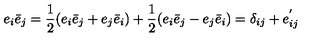
e _ { i } \bar { e } _ { j } = \frac { 1 } { 2 } ( e _ { i } \bar { e } _ { j } + e _ { j } \bar { e } _ { i } ) + \frac { 1 } { 2 } ( e _ { i } \bar { e } _ { j } - e _ { j } \bar { e } _ { i } ) = \delta _ { i j } + e _ { i j } ^ { ' }